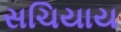
સચિયાય